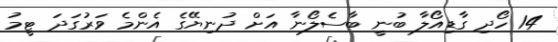
14 ހޯދި ގާޑިއޯލާ ބުނީ ބާސެލޯނާ އަށް ދުނިޔޭގެ އެންމެ ވަރުގަދަ ޓީމު